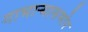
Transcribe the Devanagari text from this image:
गाभार्‍यासमोर